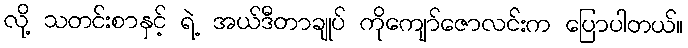
လို့ သတင်းစာနှင့် ရဲ့ အယ်ဒီတာချုပ် ကိုကျော်ဇောလင်းက ပြောပါတယ်။